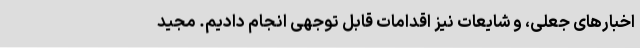
اخبارهای جعلی، و شایعات نیز اقدامات قابل توجهی انجام دادیم. مجید